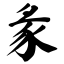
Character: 彖